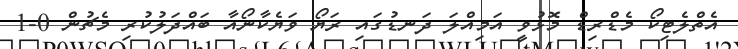
އެތްލެޓިކޯ މެޑްރިޑް މޮޅުވީ އަމިއްލަ ދަނޑުގައި ރަޔޯ ވަޔެކާނޯއާ ބައްދަލުކުރި މެޗުން 0-1